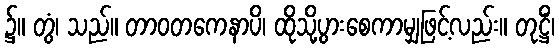
၌။ တွံ၊ သည်။ တာဝတကေနာပိ၊ ထိုသို့ပွားစေကာမျှဖြင့်လည်း။ တုဋ္ဌိံ၊